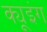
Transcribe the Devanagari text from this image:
क्यूइंग